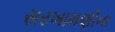
સરખામણીના